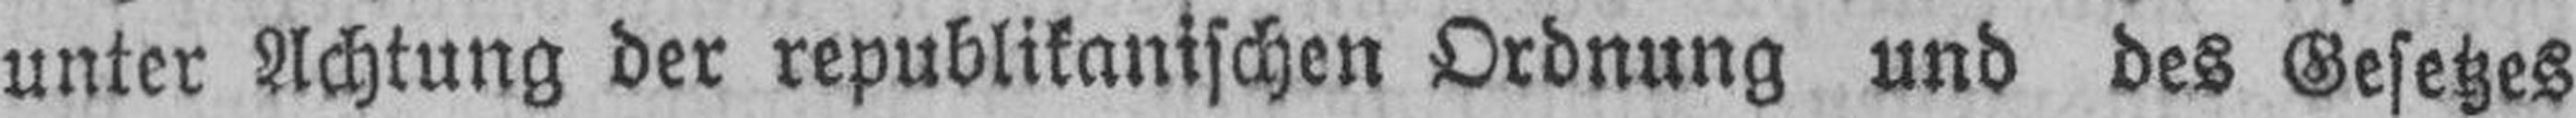
unter Achtung der republikanischen Ordnung und des Gesetzes